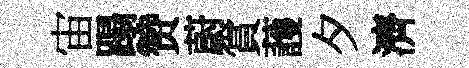
宙蹋赞蔚賞䕶夕濟